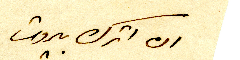
ان اترك بيروت